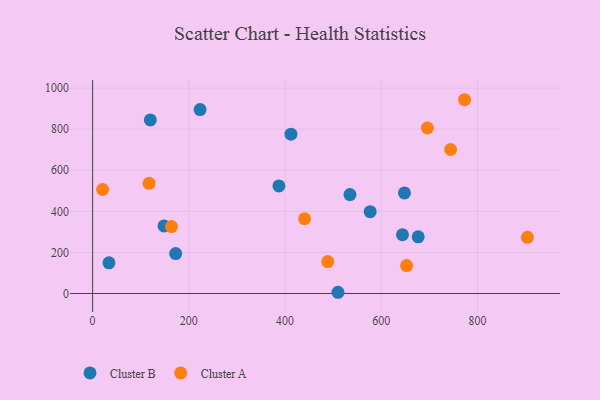
{"axis": {"x": "Engine Size", "y": "Demand"}, "legend": ["Cluster A", "Cluster B"], "data": [{"x": "534.8", "y": 481.9, "type": "Cluster B"}, {"x": "172.6", "y": 194.4, "type": "Cluster B"}, {"x": "119.9", "y": 845.2, "type": "Cluster B"}, {"x": "676.6", "y": 275.7, "type": "Cluster B"}, {"x": "34.0", "y": 149.4, "type": "Cluster B"}, {"x": "643.9", "y": 286.0, "type": "Cluster B"}, {"x": "412.1", "y": 775.9, "type": "Cluster B"}, {"x": "509.9", "y": 5.9, "type": "Cluster B"}, {"x": "387.2", "y": 523.8, "type": "Cluster B"}, {"x": "223.3", "y": 895.8, "type": "Cluster B"}, {"x": "148.4", "y": 329.0, "type": "Cluster B"}, {"x": "576.8", "y": 398.5, "type": "Cluster B"}, {"x": "648.0", "y": 489.5, "type": "Cluster B"}, {"x": "488.7", "y": 155.3, "type": "Cluster A"}, {"x": "773.0", "y": 943.6, "type": "Cluster A"}, {"x": "903.5", "y": 273.5, "type": "Cluster A"}, {"x": "163.9", "y": 326.0, "type": "Cluster A"}, {"x": "695.7", "y": 806.0, "type": "Cluster A"}, {"x": "440.5", "y": 364.0, "type": "Cluster A"}, {"x": "743.9", "y": 701.2, "type": "Cluster A"}, {"x": "20.8", "y": 506.3, "type": "Cluster A"}, {"x": "117.3", "y": 536.6, "type": "Cluster A"}, {"x": "652.6", "y": 135.7, "type": "Cluster A"}]}